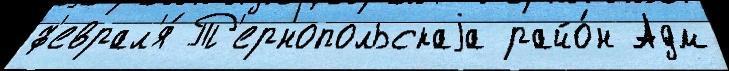
ф'еврал'я́ Т'ернопольскаjа райо́н Адм